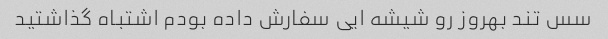
سس تند بهروز رو شیشه ایی سفارش داده بودم اشتباه گذاشتید